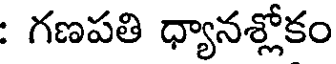
: గణపతి ధ్యానశ్లోకం